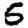
Digit: 5